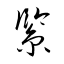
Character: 緊